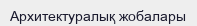
Архитектуралық жобалары